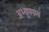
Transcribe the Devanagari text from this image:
अभ्युपगम।